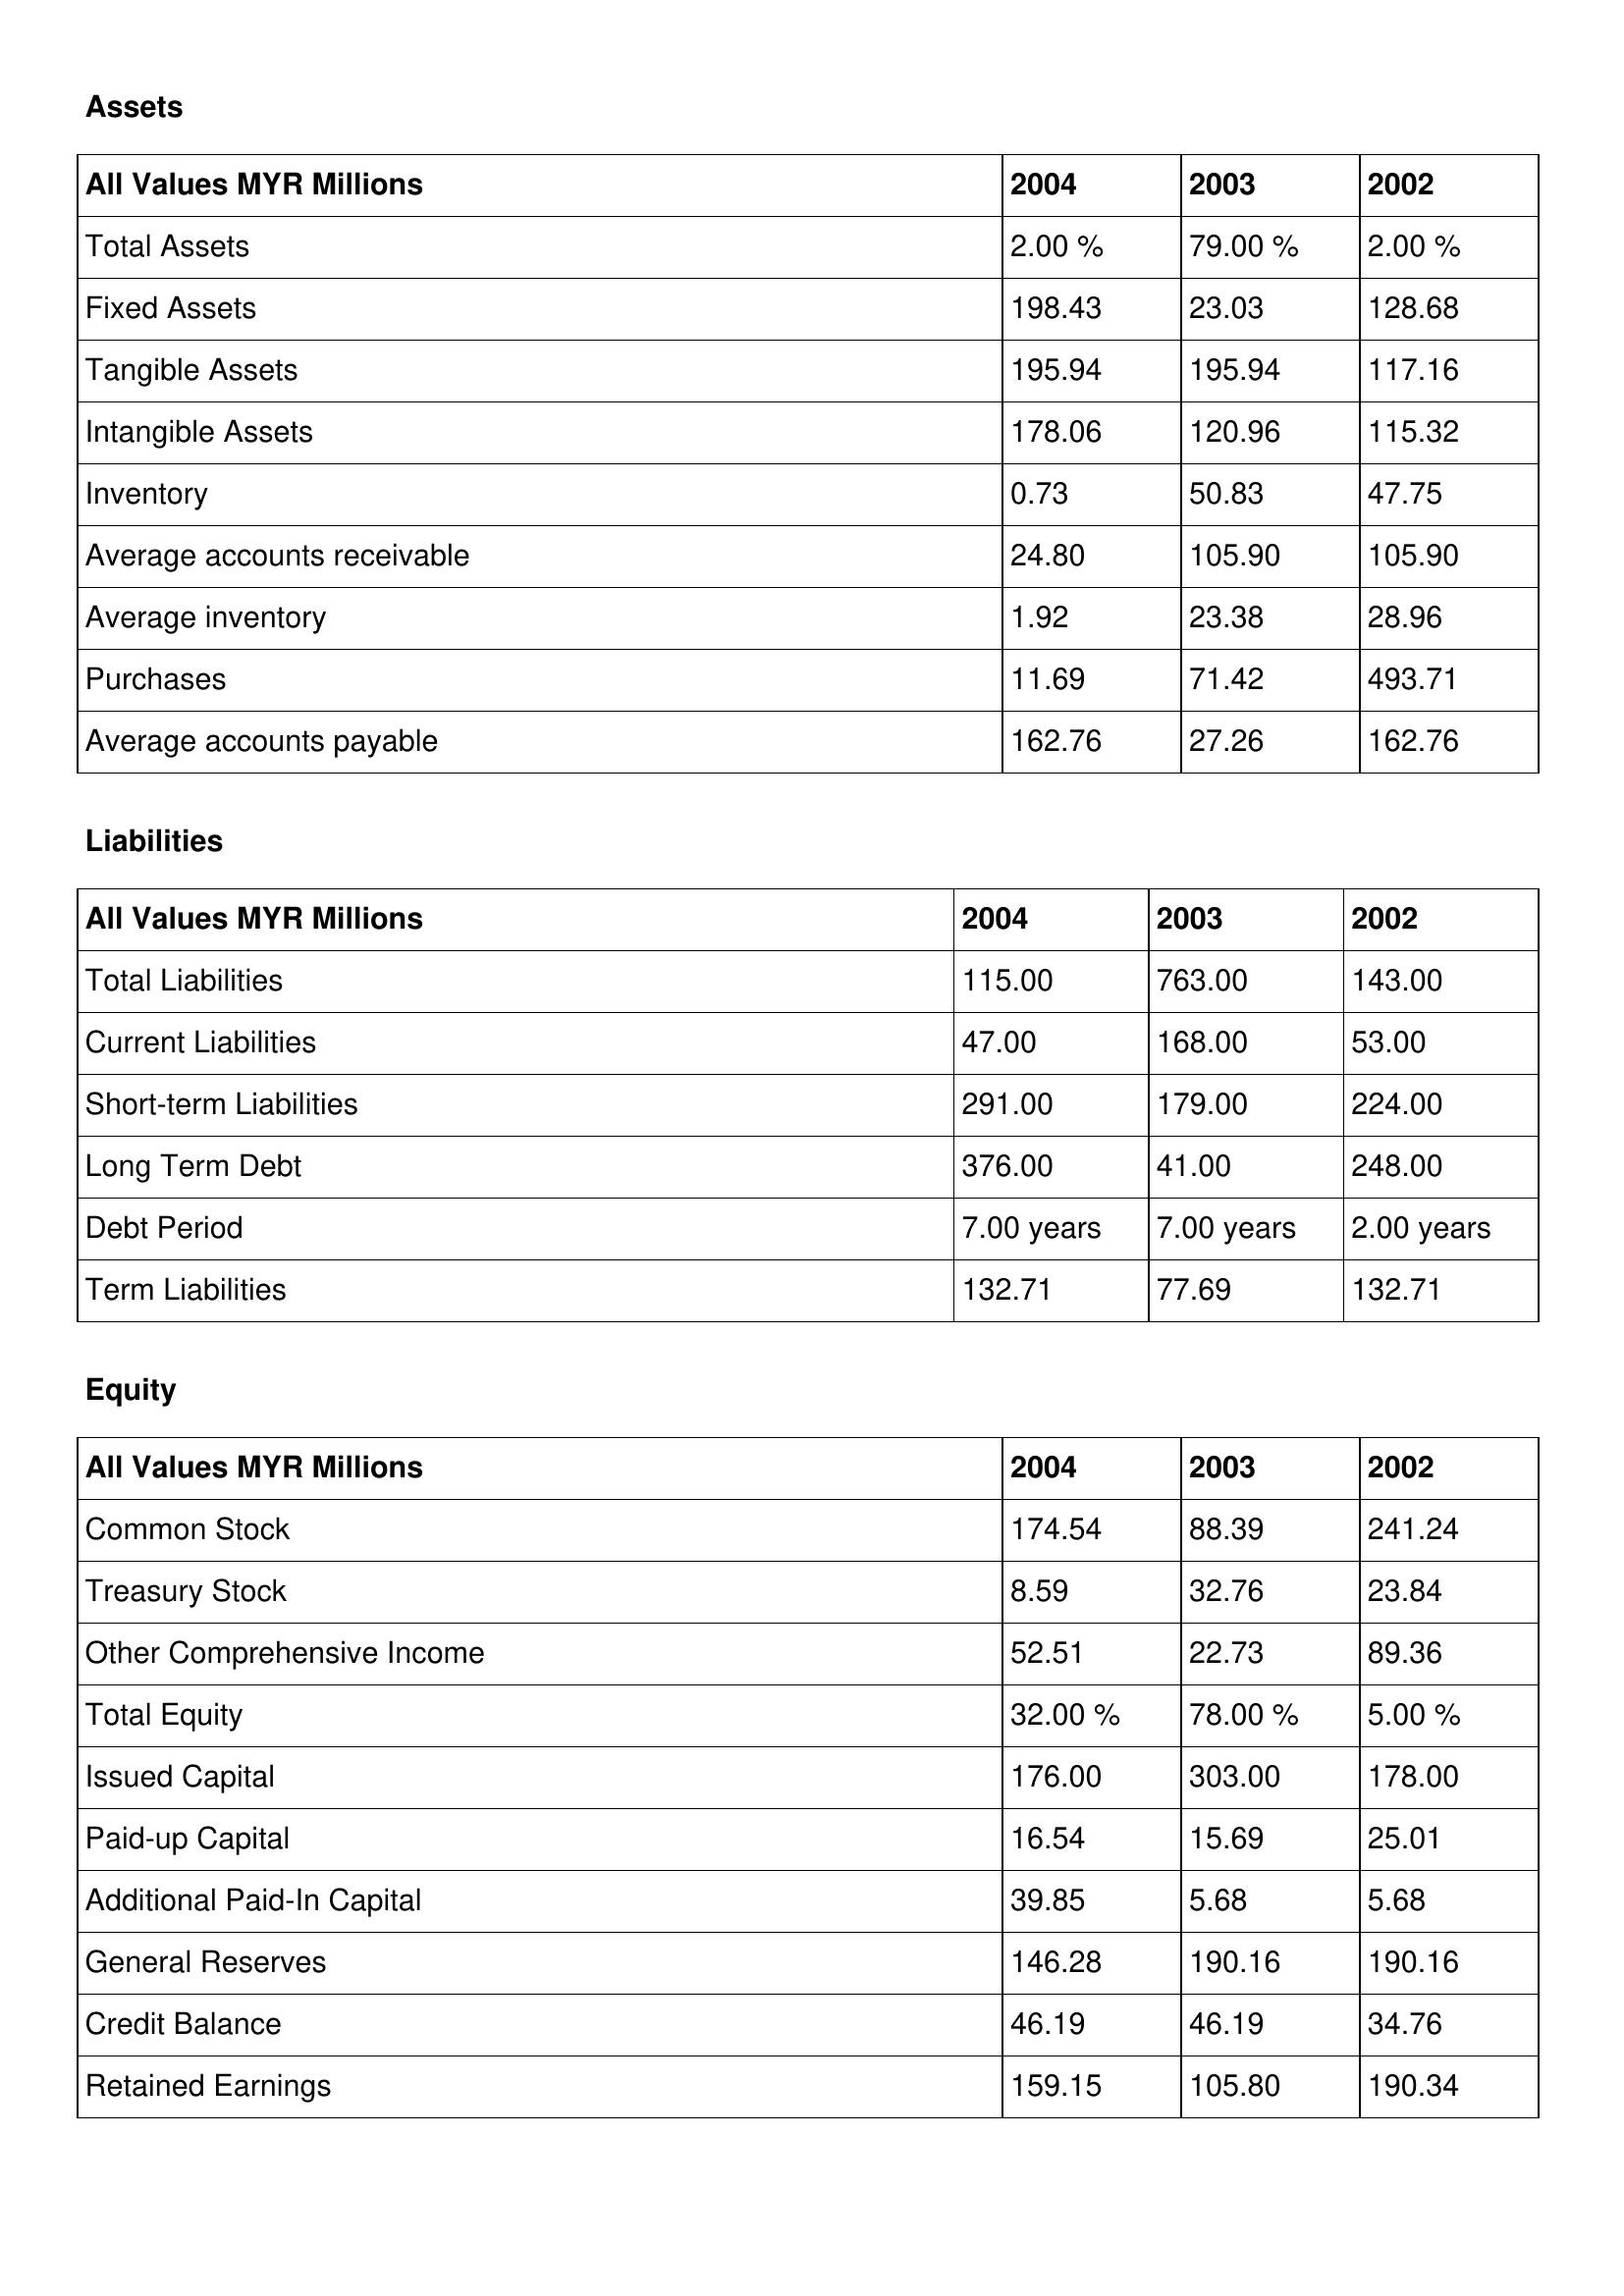
gt_parse: 2004: Assets: Total Assets: 2.00 %
Fixed Assets: 198.43
Tangible Assets: 195.94
Intangible Assets: 178.06
Inventory: 0.73
Average accounts receivable: 24.80
Average inventory: 1.92
Purchases: 11.69
Average accounts payable: 162.76
Liabilities: Total Liabilities: 115.00
Current Liabilities: 47.00
Short-term Liabilities: 291.00
Long Term Debt: 376.00
Debt Period: 7.00 years
Term Liabilities: 132.71
Equity: Common Stock: 174.54
Treasury Stock: 8.59
Other Comprehensive Income: 52.51
Total Equity: 32.00 %
Issued Capital: 176.00
Paid-up Capital: 16.54
Additional Paid-In Capital: 39.85
General Reserves: 146.28
Credit Balance: 46.19
Retained Earnings: 159.15
2003: Assets: Total Assets: 79.00 %
Fixed Assets: 23.03
Tangible Assets: 195.94
Intangible Assets: 120.96
Inventory: 50.83
Average accounts receivable: 105.90
Average inventory: 23.38
Purchases: 71.42
Average accounts payable: 27.26
Liabilities: Total Liabilities: 763.00
Current Liabilities: 168.00
Short-term Liabilities: 179.00
Long Term Debt: 41.00
Debt Period: 7.00 years
Term Liabilities: 77.69
Equity: Common Stock: 88.39
Treasury Stock: 32.76
Other Comprehensive Income: 22.73
Total Equity: 78.00 %
Issued Capital: 303.00
Paid-up Capital: 15.69
Additional Paid-In Capital: 5.68
General Reserves: 190.16
Credit Balance: 46.19
Retained Earnings: 105.80
2002: Assets: Total Assets: 2.00 %
Fixed Assets: 128.68
Tangible Assets: 117.16
Intangible Assets: 115.32
Inventory: 47.75
Average accounts receivable: 105.90
Average inventory: 28.96
Purchases: 493.71
Average accounts payable: 162.76
Liabilities: Total Liabilities: 143.00
Current Liabilities: 53.00
Short-term Liabilities: 224.00
Long Term Debt: 248.00
Debt Period: 2.00 years
Term Liabilities: 132.71
Equity: Common Stock: 241.24
Treasury Stock: 23.84
Other Comprehensive Income: 89.36
Total Equity: 5.00 %
Issued Capital: 178.00
Paid-up Capital: 25.01
Additional Paid-In Capital: 5.68
General Reserves: 190.16
Credit Balance: 34.76
Retained Earnings: 190.34